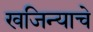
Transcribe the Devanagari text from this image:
खजिन्याचे